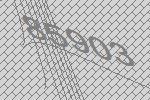
85903